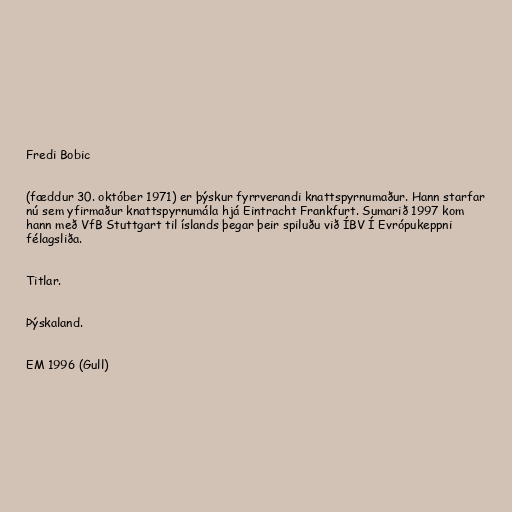
Fredi Bobic

(fæddur 30. október 1971) er þýskur fyrrverandi knattspyrnumaður. Hann starfar
nú sem yfirmaður knattspyrnumála hjá Eintracht Frankfurt. Sumarið 1997 kom
hann með VfB Stuttgart til íslands þegar þeir spiluðu við ÍBV Í Evrópukeppni
félagsliða.

Titlar.

Þýskaland.

EM 1996 (Gull)